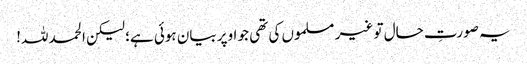
یہ صورتِ حال تو غیر مسلموں کی تھی جو اوپر بیان ہوئی ہے؛ لیکن الحمد للہ!